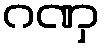
ဂဏှ